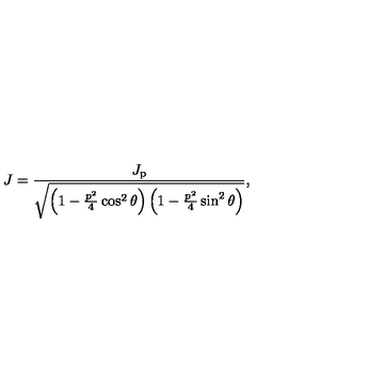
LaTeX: J = \frac { J _ { \mathrm { p } } } { \sqrt { \left( 1 - \frac { p ^ { 2 } } { 4 } \cos ^ { 2 } \theta \right) \left( 1 - \frac { p ^ { 2 } } { 4 } \sin ^ { 2 } \theta \right) } } ,